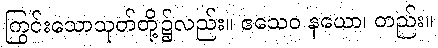
ကြွင်းသောသုတ်တို့၌လည်း။ ဧသေဝ နယော၊ တည်း။